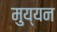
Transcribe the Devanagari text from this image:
मुय्यन